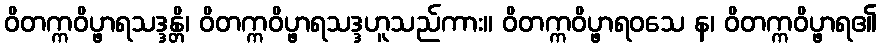
ဝိတက္ကဝိပ္ဖာရသဒ္ဒန္တိ၊ ဝိတက္ကဝိပ္ဖာရသဒ္ဒဟူသည်ကား။ ဝိတက္ကဝိပ္ဖာရဝသေ န၊ ဝိတက္ကဝိပ္ဖာရ၏